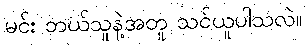
မင်း ဘယ်သူနဲ့အတူ သင်ယူပါသလဲ။